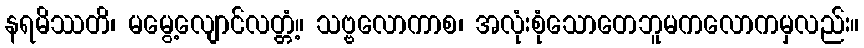
နရမိဿတိ၊ မမွေ့လျောင်လတ္တံ့။ သဗ္ဗလောကာစ၊ အလုံးစုံသောတေဘူမကလောကမှလည်း။